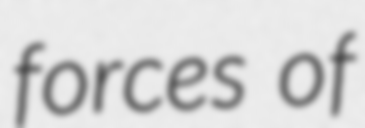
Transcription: forces of